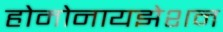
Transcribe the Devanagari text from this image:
होमोनायझेशन